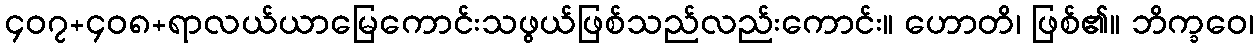
၄၀၇+၄၀၈+ရာလယ်ယာမြေကောင်းသဖွယ်ဖြစ်သည်လည်းကောင်း။ ဟောတိ၊ ဖြစ်၏။ ဘိက္ခဝေ၊